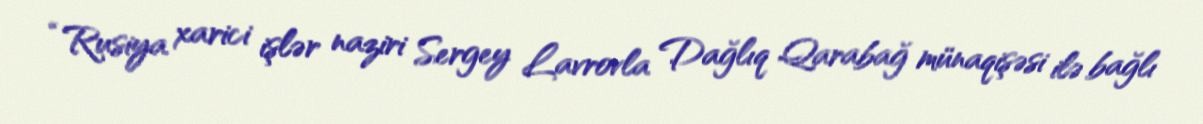
“Rusiya xarici işlər naziri Sergey Lavrovla Dağlıq Qarabağ münaqişəsi ilə bağlı